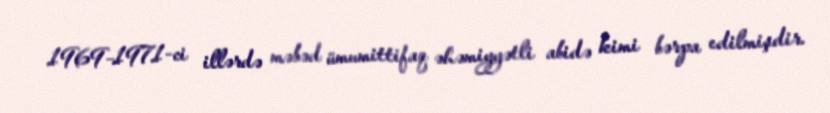
1969–1971-ci illərdə məbəd ümumittifaq əhəmiyyətli abidə kimi bərpa edilmişdir.